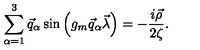
\sum _ { \alpha = 1 } ^ { 3 } \vec { q } _ { \alpha } \sin \left( g _ { m } \vec { q } _ { \alpha } \vec { \lambda } \right) = - \frac { i \vec { \rho } } { 2 \zeta } .